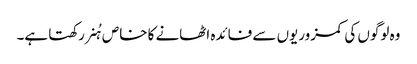
وہ لوگوں کی کمزوریوں سے فائدہ اٹھانے کا خاص ہُنر رکھتا ہے۔